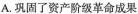
A.巩固了资产阶级革命成果